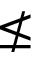
\nleq